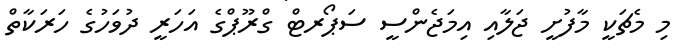
މި މެޗަކީ މާފުށީ ޖަލާއި އިމަޖެންސީ ސަޕޯރޓް ގްރޫޕްގެ އަހަރީ ދުވަހުގެ ހަރަކާތް